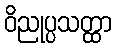
ဝိညုပ္ပသတ္ထာ